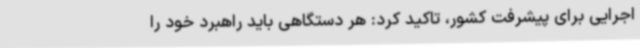
اجرایی برای پیشرفت کشور، تاکید کرد: هر دستگاهی باید راهبرد خود را